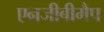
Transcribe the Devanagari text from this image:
एनजीबीमैप